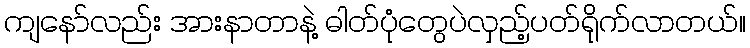
ကျနော်လည်း အားနာတာနဲ့ ဓါတ်ပုံတွေပဲလှည့်ပတ်ရိုက်လာတယ်။